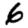
Digit: 6